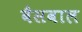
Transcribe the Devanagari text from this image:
बैसवाल